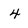
Character: 4